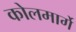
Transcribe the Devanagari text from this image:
कोलमार्गे